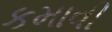
કમાવી